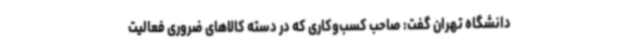
دانشگاه تهران گفت: صاحب کسب‌وکاری که در دسته کالاهای ضروری فعالیت